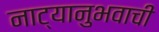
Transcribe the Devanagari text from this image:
नाट्यानुभवाची